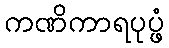
ကဏိကာရပုပ္ဖံ